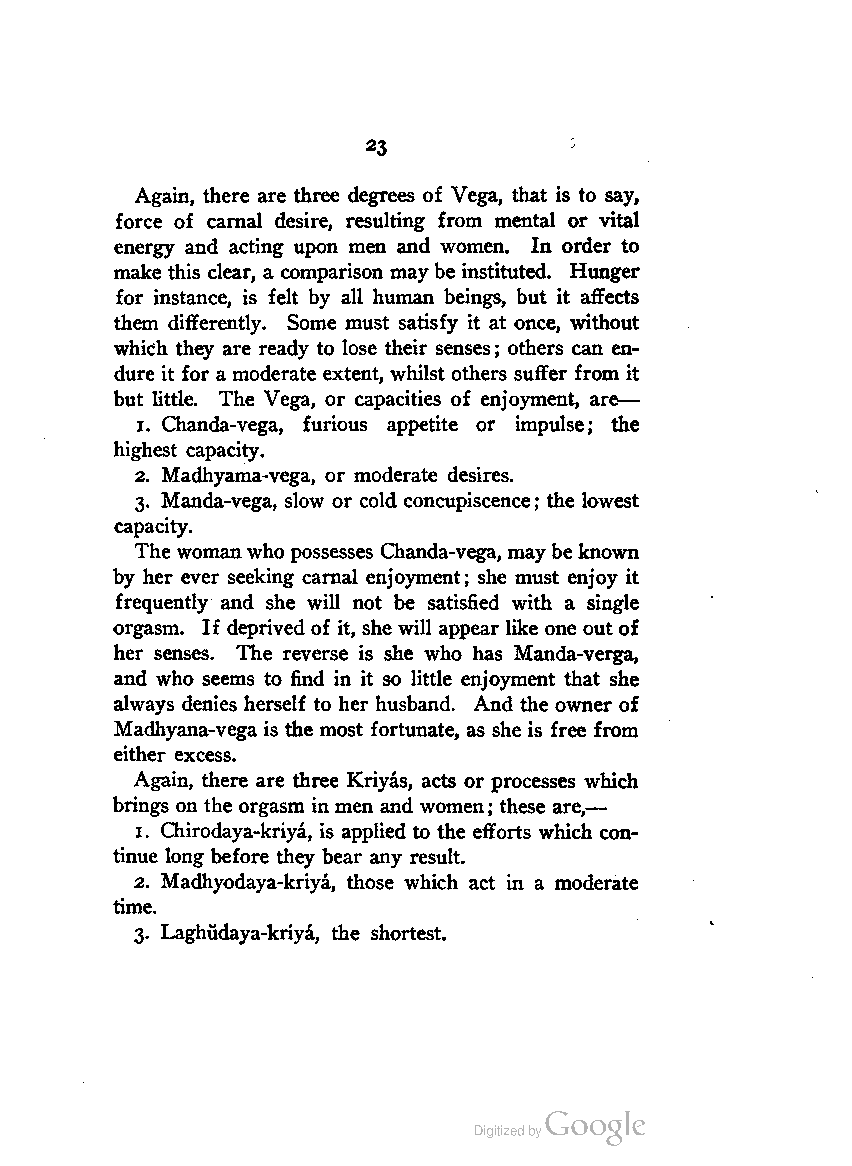
23
 Again, there are three degrees of Vega, that is to say,
 force of carnal desire, resulting from mental or vital
 energy and acting upon men and women. In order to
 make this clear, a comparison may be instituted. Hunger
 for instance, is felt by all human beings, but it affects
 them differently. Some must satisfy it at once, without
 which they are ready to lose their senses; others can en
 dure it for a moderate extent, whilst others suffer from it
 but little. The Vega, or capacities of enjoyment, are—
 1. Chanda-vega, furious appetite or impulse; the
 highest capacity.
 2. Madhyama-vega, or moderate desires.
 3. Manda-vega, slow or cold concupiscence; the lowest
 capacity.
 The womanwho possesses Chanda-vega, may be known
 by her ever seeking carnal enjoyment; she must enjoy it
 frequently and she will not be satisfied with a single
 orgasm. If deprived of it, she will appear like one out of
 her senses. The reverse is she who has Manda-verga,
 and who seems to find in it so little enjoyment that she
 always denies herself to her husband. And the owner of
 Madhyana-vega is the most fortunate, as she is free from
 either excess.
 Again, there are three Kriyas, acts or processes which
 brings on the orgasm in men and women; these are,—
 1. Chirodaya-kriya, is applied to the efforts which con
 tinue long before they bear any result.
 2. Madhyodaya-kriya, those which act in a moderate
 time.
 3. LaghMaya-kriya, the shortest.